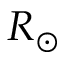
R \sb { \odot }